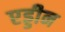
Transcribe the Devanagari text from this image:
एड्डीन